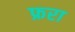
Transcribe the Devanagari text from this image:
फ्ररा